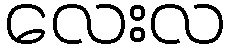
လေးလ